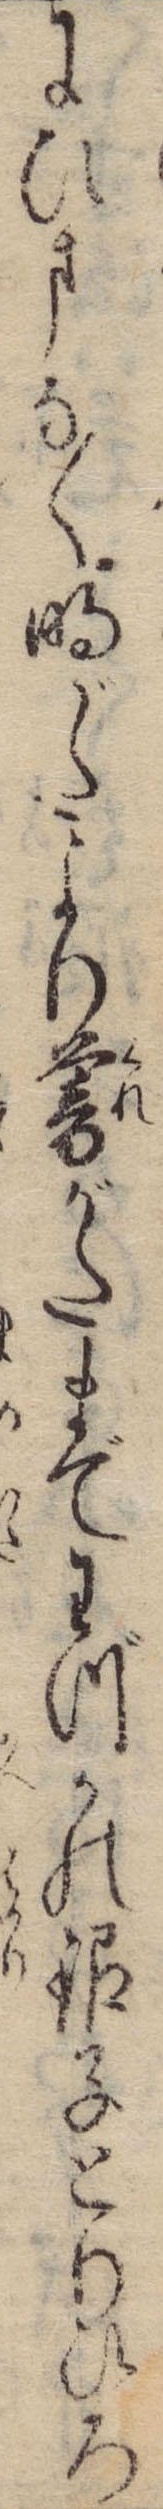
にひまなく明がたより暮がたまでわづかの銀子とりひろ